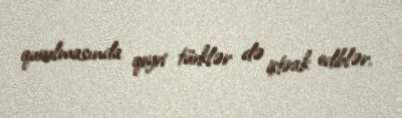
qurulmasında qeyri türklər də iştirak ediblər.